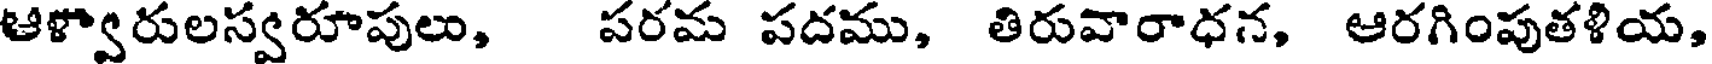
ఆళ్వారులస్వరూపులు, పరమ పదము, తిరువారాధన, ఆరగింపుతళియ,